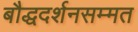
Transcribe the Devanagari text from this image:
बौद्धदर्शनसम्मत